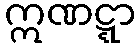
ဣဏဋ္ဋာ